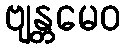
ဗျန္တမေဝ